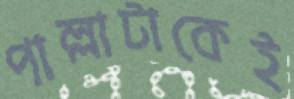
পাল্লাটাকেই